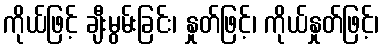
ကိုယ်ဖြင့် ချီးမွမ်းခြင်း၊ နှုတ်ဖြင့်၊ ကိုယ်နှုတ်ဖြင့်၊